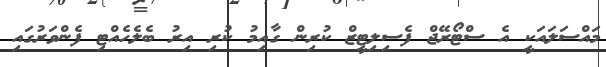
މައްސަލައަކީ އެ ސްޓޯރޭޖް ފެސިލިޓީޒް ކުރިން ގާއިމު ކުރި އިރު ބެލެހެއްޓި ފެންވަރުގައި